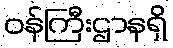
ဝန်ကြီးဌာနရှိ